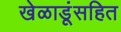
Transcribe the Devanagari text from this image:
खेळाडूंसहित